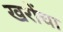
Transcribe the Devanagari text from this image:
खरोंचा